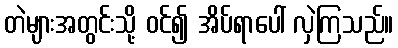
တဲများအတွင်းသို့ ဝင်၍ အိပ်ရာပေါ် လှဲကြသည်။